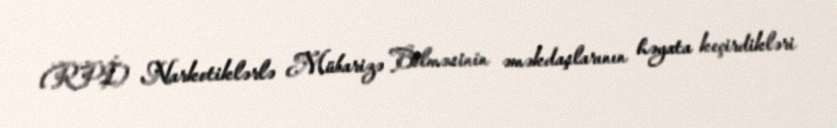
(RPİ) Narkotiklərlə Mübarizə Bölməsinin əməkdaşlarının həyata keçirdikləri